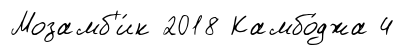
Мозамб'и́к 2018 Камбо́джа 4